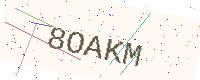
Text: 8OAKM